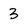
Character: 3